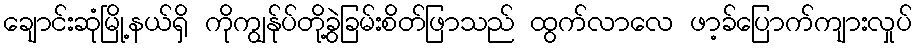
ချောင်းဆုံမြို့နယ်ရှိ ကိုကျွန်ုပ်တို့ခွဲခြမ်းစိတ်ဖြာသည် ထွက်လာလေ ဖာ့ခ်ပြောက်ကျားလှုပ်